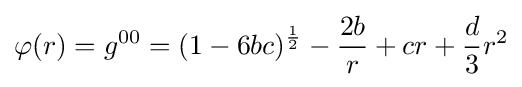
\varphi (r)=g^{00}=(1-6bc)^{\frac {1}{2}}-{\frac {2b}{r}}+cr+{\frac {d}{3}}r^{2}